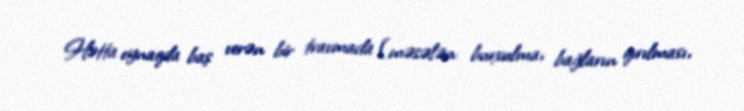
Hətta oynaqda baş verən bir travmada (məsələn: burxulma, bağların qırılması,